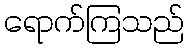
ရောက်ကြသည်